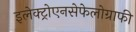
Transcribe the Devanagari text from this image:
इलेक्ट्रोएनसेफेलोग्राफी